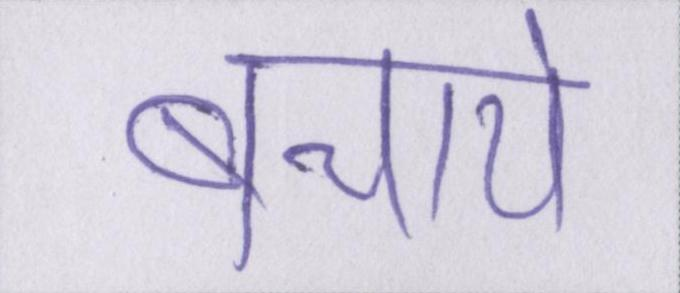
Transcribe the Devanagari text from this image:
बचाये